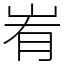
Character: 峟